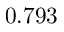
0 . 7 9 3